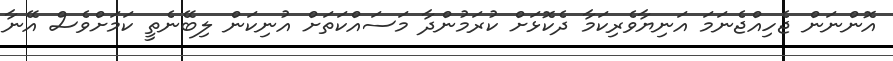
އޮންނަން ޖެހިއްޖެނަމަ އަނިޔާވެރިކަމާ ދެކޮޅަށް ކުރަމުންދާ މަސައްކަތަށް އުނިކަން ލިބޭނެތީ ކަމަށްވެސް އޭނާ